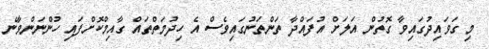
މި ގަވައިދުގައިވާ ގޮތުން އަލަށް އުފައްދާ ތަންތަނުގައިވެސް އެ ހިދުމަތްތައް ގާއިމްކޮށްފައި ހުންނަންވާނެ